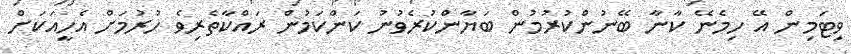
ވިޓަމިން އޭ ހިމެނޭ ކާނާ ބޭނުންކުރުމުން ބަޔާންކުރެވުނު ކަންކަމުން ރައްކާތެރިވެ ހުރުމަށް އެހީއަކަށް